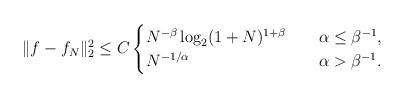
LaTeX: \begin{align*} \|f-f_N\|_2^2\le C \begin{cases} N^{-\beta} \log_2(1+N)^{1+\beta} \quad& \alpha\le\beta^{-1}, \\ N^{-1/\alpha} \quad& \alpha>\beta^{-1}. \end{cases}\end{align*}